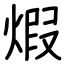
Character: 煆